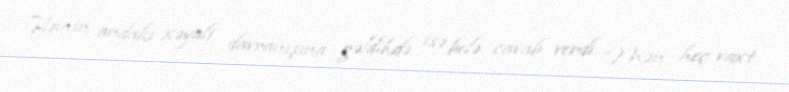
Həmin andakı xəyali davranışına gəldikdə isə belə cavab verdi: “Mən heç vaxt